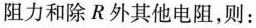
阻力和除R外其他电阻，则：